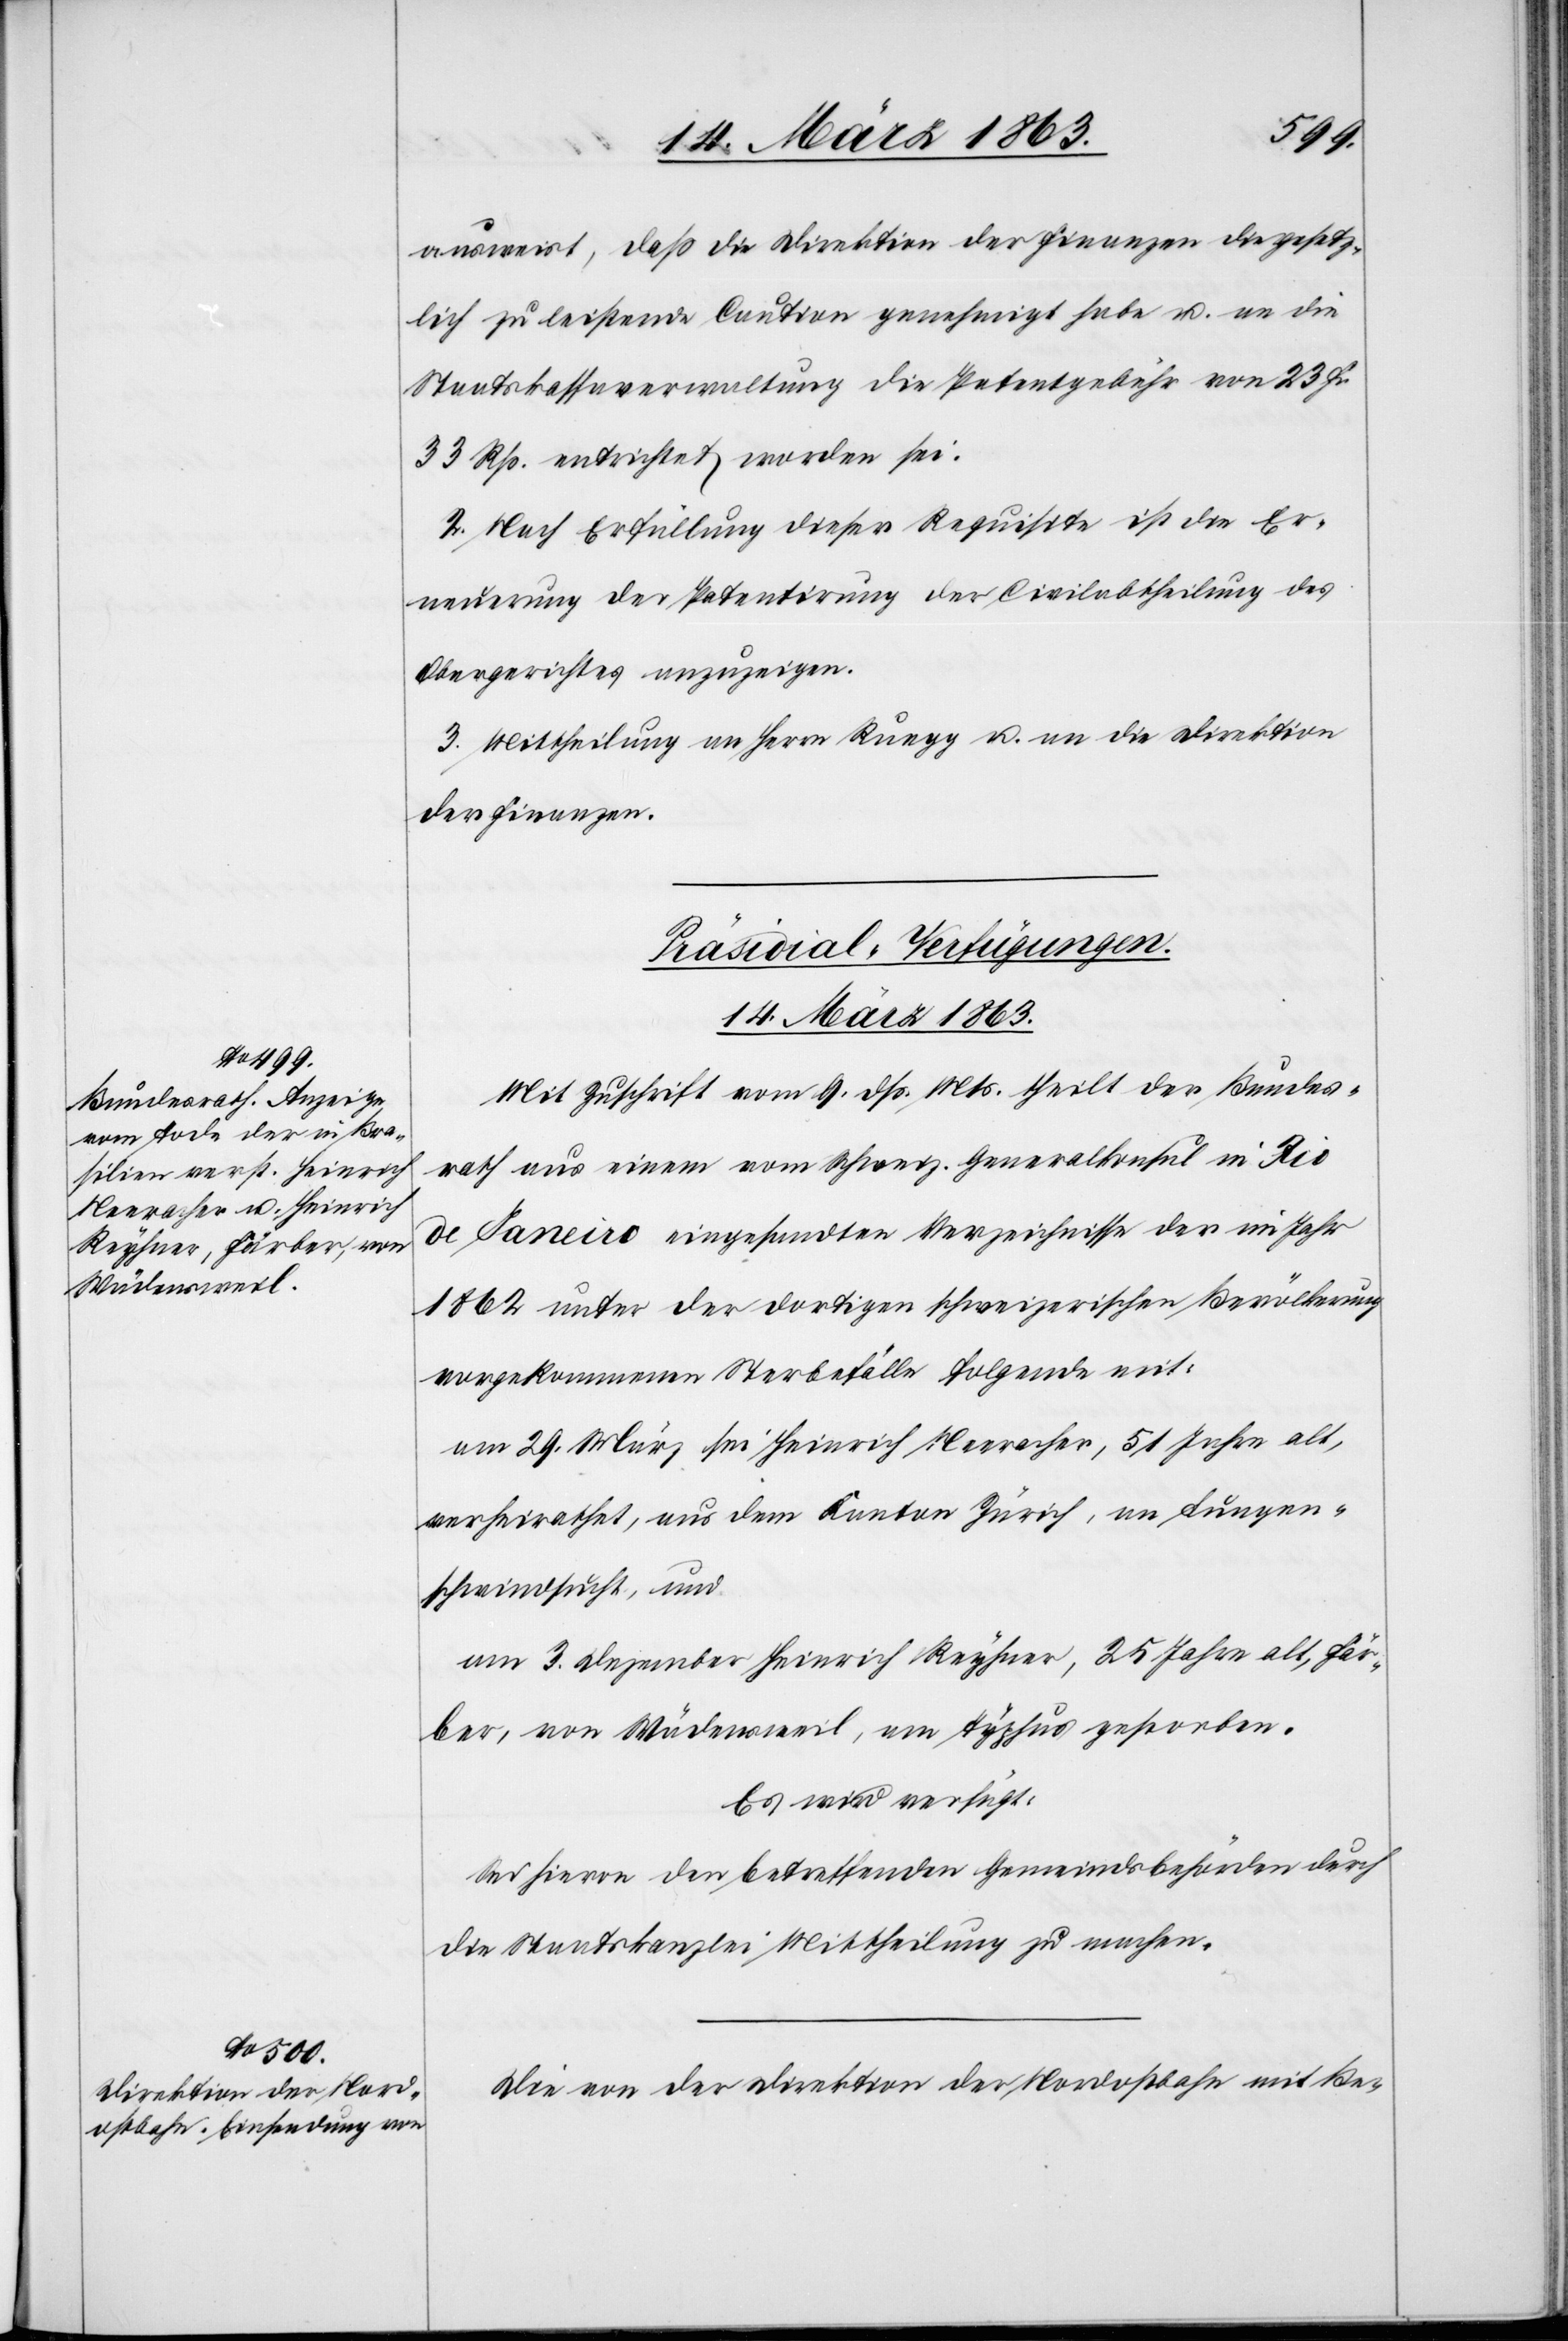
ausweist, daß die Direktion der Finanzen die gesetz¬
lich zu leistende Caution genehmigt habe u. an die
Staatskassaverwaltung die Patentgebühr von 23 Fr.
33 Rp. entrichtet worden sei.
2. Nach Erfüllung dieser Requisite ist die Er¬
neuerung der Patentirung der Civilabtheilung des
Obergerichtes anzuzeigen.
3. Mittheilung an Herrn Ruegg u. an die Direktion
der Finanzen.
[Präsidial-Verfügungen.
14. März 1863.]
Mit Zuschrift vom 9. dß. Mts. theilt der Bundes¬
rath aus einem vom Schweiz. Generalkonsul in Rio
de Janeiro eingesandten Verzeichnisse der im Jahr
1862 unter der dortigen schweizerischen Bevölkerung
vorgekommenen Sterbefälle folgende mit:
am 29. März sei Heinrich Neeracher, 51 Jahre alt,
verheirathet, aus dem Kanton Zürich, an Lungen¬
schwindsucht, und
am 3. Dezember Heinrich Reyhner, 25 Jahre alt, Fär¬
ber, von Wädensweil, am Typhus gestorben.
Es wird verfügt:
Sei hievon den betreffenden Gemeindsbehörden durch
die Staatskanzlei Mittheilung zu machen.
Die von der Direktion der Nordostbahn mit Be-